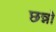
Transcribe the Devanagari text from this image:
छन्नो